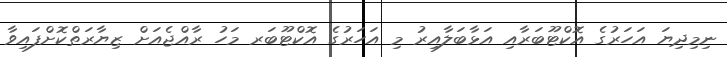
ނިމިދިޔަ އަހަރުގެ އޮކްޓޫބަރާއި އަޅާބަލާއިރު މި އަހަރުގެ އޮކްޓޫބަރ މަހު ރާއްޖެއަށް ޒިޔާރަތްކޮށްފައިވާ